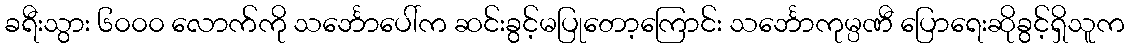
ခရီးသွား ၆၀၀၀ လောက်ကို သင်္ဘောပေါ်က ဆင်းခွင့်မပြုတော့ကြောင်း သင်္ဘောကုမ္ပဏီ ပြောရေးဆိုခွင့်ရှိသူက